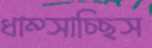
ধাম্‌সাচ্ছিস